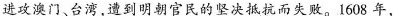
进攻澳门、台湾，遭到明朝官民的坚决抵抗而失败。1608年，